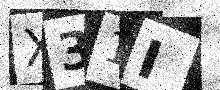
Text: X31I